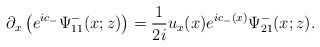
\begin{align*}\partial_x\left(e^{ic_-} \Psi^-_{11}(x ;z)\right)=\frac{1}{2i} u_x(x)e^{ic_-(x)} \Psi^-_{21}(x ;z).\end{align*}